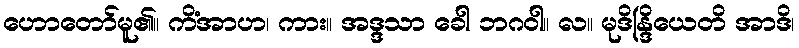
ဟောတော်မူ၏။ ကိံအာဟ၊ ကား။ အဒ္ဒသာ ခေါ ဘဂဝါ။ လ။ မုဒိန္ဒြိယေတိ အာဒိ၊